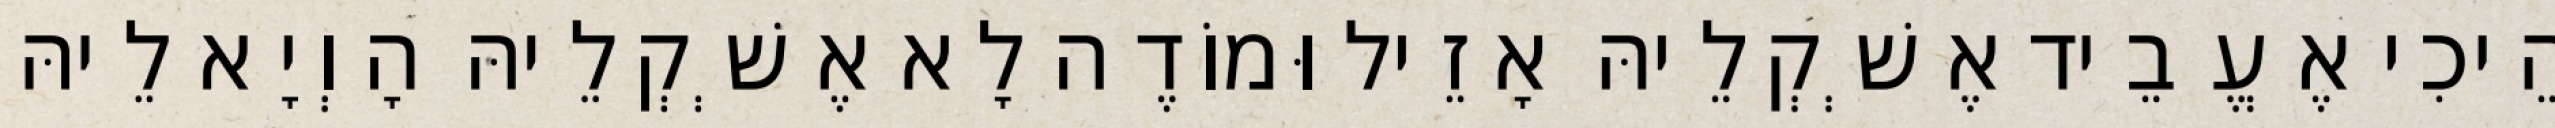
הֵיכִי אֶעֱבֵיד אֶשְׁקְלֵיהּ אָזֵיל וּמוֹדֶה לָא אֶשְׁקְלֵיהּ הָוְיָא לֵיהּ